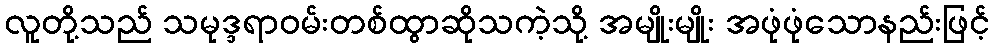
လူတို့သည် သမုဒ္ဒရာဝမ်းတစ်ထွာဆိုသကဲ့သို့ အမျိုးမျိုး အဖုံဖုံသောနည်းဖြင့်